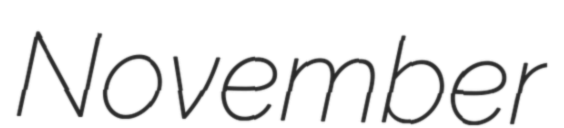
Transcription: November